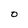
Character: O